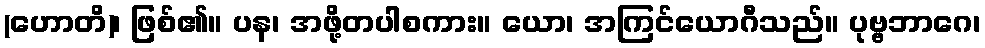
(ဟောတိ)၊ ဖြစ်၏။ ပန၊ အဖို့တပါစကား။ ယော၊ အကြင်ယောဂီသည်။ ပုဗ္ဗဘာဂေ၊